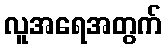
လူအရေအတွက်